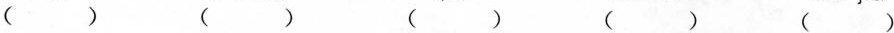
( ) () () () ()